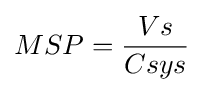
MSP={\frac {Vs}{Csys}}